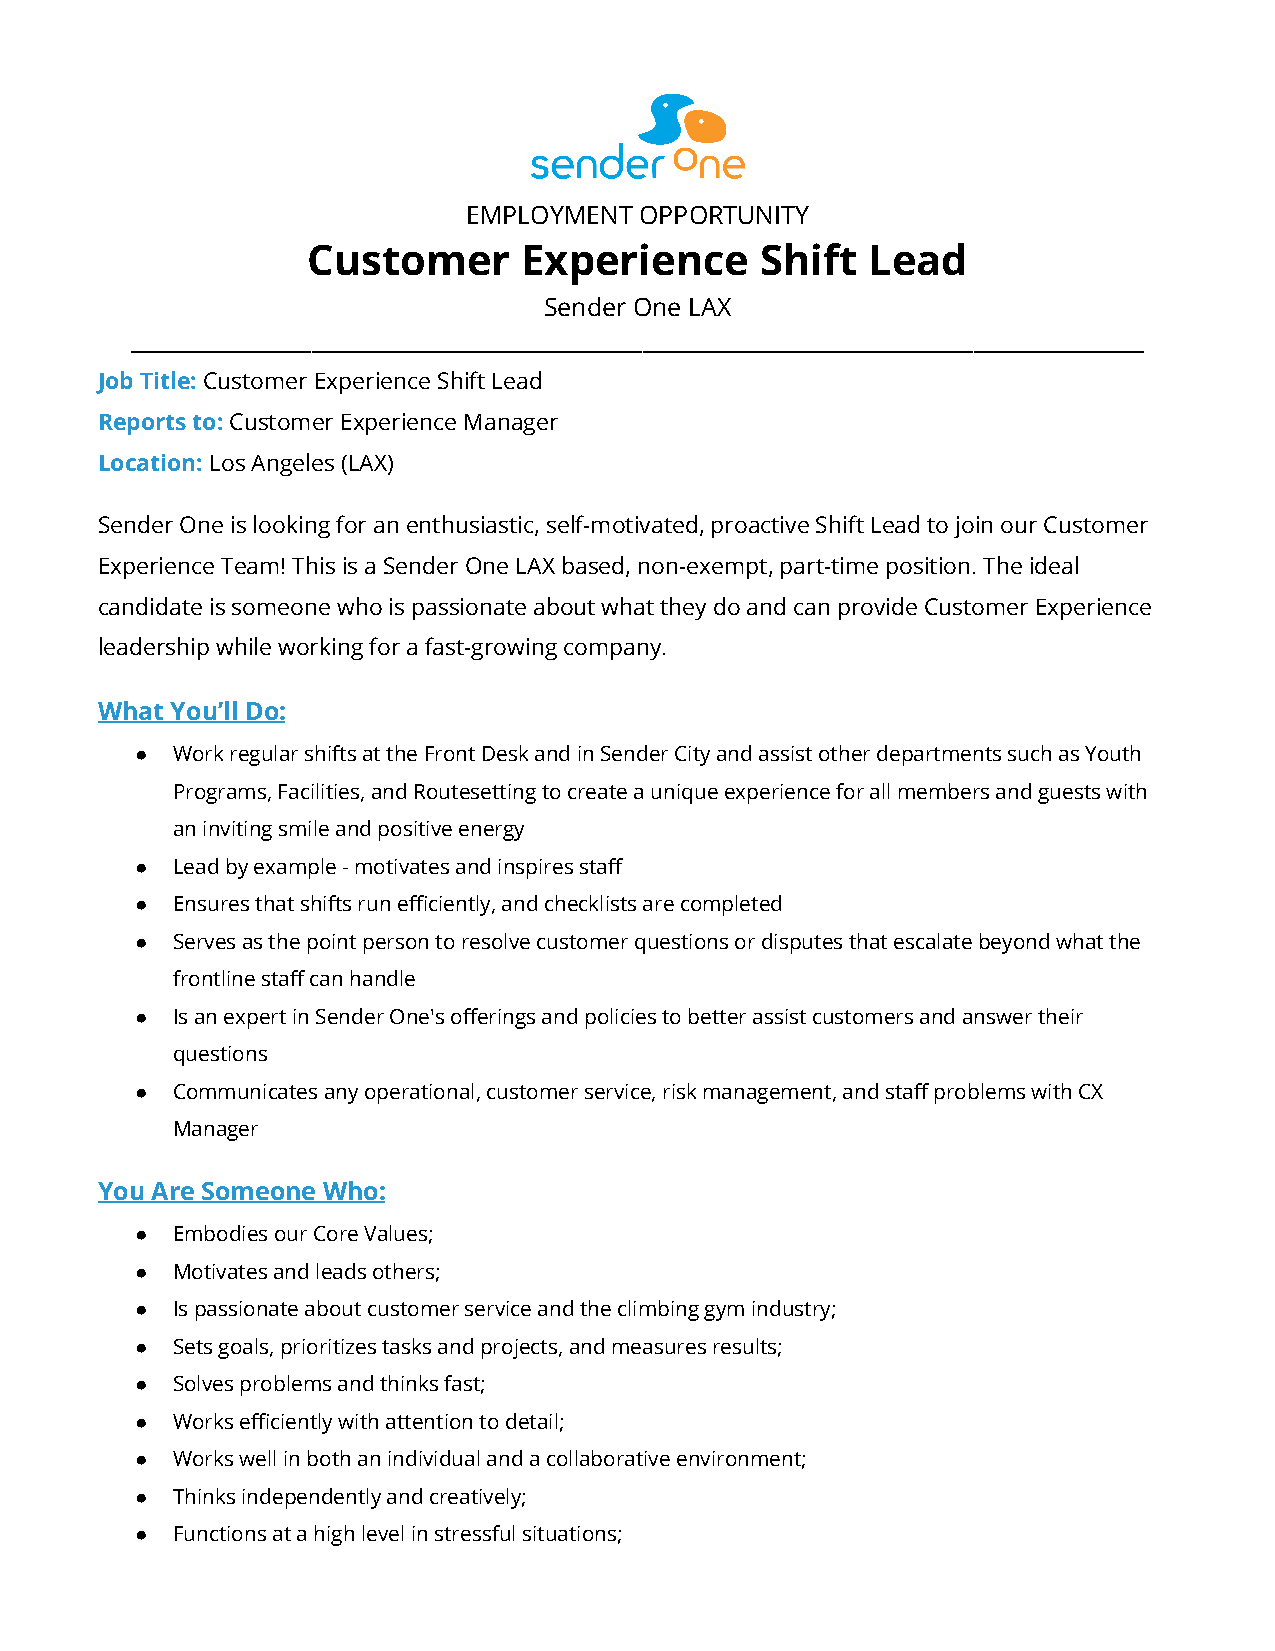
EMPLOYMENT OPPORTUNITY
 Customer       Experience     Shift  Lead
 Sender One LAX
 _____________________________________________________________________________________________________
 Job Title:Customer Experience Shift Lead
 Reports to:Customer Experience Manager
 Location:Los Angeles (LAX)
 Sender One is looking for an enthusiastic, self-motivated, proactive Shift Lead to join our Customer
 Experience Team! This is a Sender One LAX based, non-exempt, part-time position. The ideal
 candidate is someone who is passionate about what they do and can provide Customer Experience
 leadership while working for a fast-growing company.
 What You’ll Do:
 ● Work regular shifts at the Front Desk and in Sender City and assist other departments such as Youth
 Programs, Facilities, and Routesetting to create a unique experience for all members and guests with
 an inviting smile and positive energy
 ● Lead by example - motivates and inspires staff
 ● Ensures that shifts run efficiently, and checklists are completed
 ● Serves as the point person to resolve customer questions or disputes that escalate beyond what the
 frontline staff can handle
 ● Is an expert in Sender One's offerings and policies to better assist customers and answer their
 questions
 ● Communicates any operational, customer service, risk management, and staff problems with CX
 Manager
 You Are Someone Who:
 ● Embodies our Core Values;
 ● Motivates and leads others;
 ● Is passionate about customer service and the climbing gym industry;
 ● Sets goals, prioritizes tasks and projects, and measures results;
 ● Solves problems and thinks fast;
 ● Works efficiently with attention to detail;
 ● Works well in both an individual and a collaborative environment;
 ● Thinks independently and creatively;
 ● Functions at a high level in stressful situations;